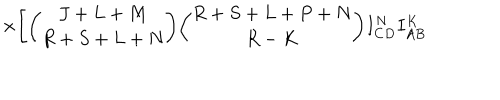
\times \Biggl [ { \binom { J + L + M } { R + S + L + N } } { \binom { R + S + L + P + N } { R - K } } I _ { C D } ^ { N } I _ { A B } ^ { K }